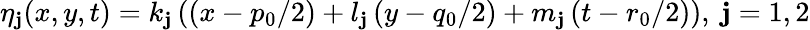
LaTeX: \eta_{\mathbf{j}}(x,y,t)=k_{\mathbf{j}}\left(\left(x-{p_{0}}/{2}\right)+l_{\mathbf{j}}\left(y-{q_{0}}/{2}\right)+m_{\mathbf{j}}\left(t-{r_{0}}/{2}\right)\right),~\mathbf{j}=1,2